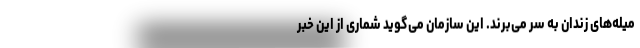
میله‌های زندان به سر می‌برند. این سازمان می‌گوید شماری از این خبر